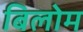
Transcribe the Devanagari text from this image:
बिलोम